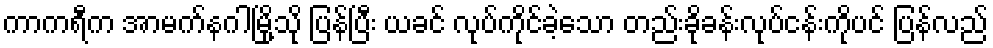
ကာကရီက အာမက်နဂါမြို့သို ပြန်ပြီး ယခင် လုပ်ကိုင်ခဲ့သော တည်းခိုခန်းလုပ်ငန်းကိုပင် ပြန်လည်